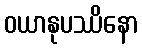
ဝယာနုပဿိနော